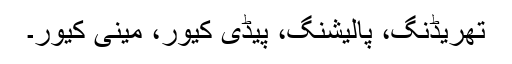
تھریڈنگ، پالیشنگ، پیڈی کیور، مینی کیور۔